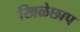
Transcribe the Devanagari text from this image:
खिळेछाप